Vaccine operations Central Provinces 1900-1911 - 1900-1911
Year: 1900
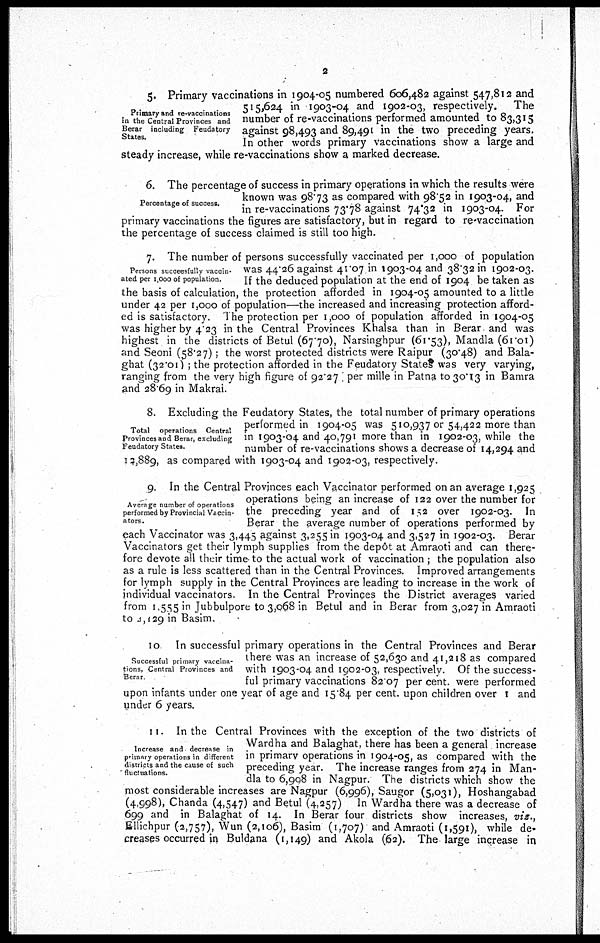
2
Primary and re-vaccinations
in the Central Provinces and
Berar including Feudatory
States.
5. Primary vaccinations in 1904-05 numbered 606,482 against 547,812 and
515,624 in 1903-04 and 1902-03, respectively. The
number of re-vaccinations performed amounted to 83,315
against 98,493 and 89,491 in the two preceding years.
In other words primary vaccinations show a large and
steady increase, while re-vaccinations show a marked decrease.
Percentage of success.
6. The percentage of success in primary operations in which the results were
known was 98.73 as compared with 98.52 in 1903-04, and
in re-vaccinations 73.78 against 74.32 in 1903-04. For
primary vaccinations the figures are satisfactory, but in regard to re-vaccination
the percentage of success claimed is still too high.
Persons succeesfully vaccin-
ated per 1,000 of population.
7. The number of persons successfully vaccinated per 1,000 of population
was 44.26 against 41.07 in 1903-04 and 38.32 in 1902-03.
If the deduced population at the end of 1904 be taken as
the basis of calculation, the protection afforded in 1904-05 amounted to a little
under 42 per 1,000 of population—the increased and increasing protection afford-
ed is satisfactory. The protection per 1,000 of population afforded in 1904-05
was higher by 4.23 in the Central Provinces Khalsa than in Berar and was
highest in the districts of Betul (67 70), Narsinghpur (61.53), Mandla (61.01)
and Seoni (58.27); the worst protected districts were Raipur (30.48) and Bala¬
ghat (32.01) ; the protection afforded in the Feudatory States was very varying,
ranging from the very high figure of 92.27 per mille in Patna to 30.13 in Bamra
and 28.69 in Makrai.
Total operations Central
Provinces and Berar, excluding
Feudatory States.
8. Excluding the Feudatory States, the total number of primary operations
performed in 1904-05 was 510,937 or 54,422 more than
in 1903-04 and 40,791 more than in 1902-03, while the
number of re-vaccinations shows a decrease of 14,294 and
12,889, as compared with 1903-04 and 1902-03, respectively.
Average number of operations
performed by Provincial Vaccin-
ators.
9. In the Central Provinces each Vaccinator performed on an average 1,925
operations being an increase of 122 over the number for
the preceding year and of 152 over 1902-03. In
Berar the average number of operations performed by
each Vaccinator was 3,445 against 3,255 in 1903-04 and 3,527 in 1902-03. Berar
Vaccinators get their lymph supplies from the depôt at Amraoti and can there-
fore devote all their time to the actual work of vaccination ; the population also
as a rule is less scattered than in the Central Provinces. Improved arrangements
for lymph supply in the Central Provinces are leading to increase in the work of
individual vaccinators. In the Central Provinces the District averages varied
from 1,555 in Jubbulpore to 3,068 in Betul and in Berar from 3,027 in Amraoti
to 2,129 in Basim.
Successful primary vaccina-
tions, Central Provinces and
Berar
10 In successful primary operations in the Central Provinces and Berar
there was an increase of 52,630 and 41,218 as compared
with 1903-04 and 1902-03, respectively. Of the success-
ful primary vaccinations 82 07 per cent. were performed
upon infants under one year of age and 15.84 per cent. upon children over 1 and
under 6 years.
Increase and decrease in
primary operations in different
districts and the cause of such
fluctuations.
11. In the Central Provinces with the exception of the two districts of
Wardha and Balaghat, there has been a general increase
in primary operations in 1904-05, as compared with the
preceding year. The increase ranges from 274 in Man-
dla to 6,998 in Nagpur. The districts which show the
most considerable increases are Nagpur (6,996), Saugor (5,031), Hoshangabad
(4,998), Chanda (4,547) and Betul (4,257) In Wardha there was a decrease of
699 and in Balaghat of 14. In Berar four districts show increases, viz.,
Ellichpur (2,757), Wun (2,106), Basim (1,707) and Amraoti (1,591), while de¬
creases occurred in Buldana (1,149) and Akola (62). The large increase in